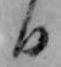
日